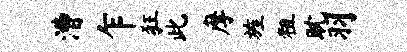
漕乍狂此摩旌粗耽羽